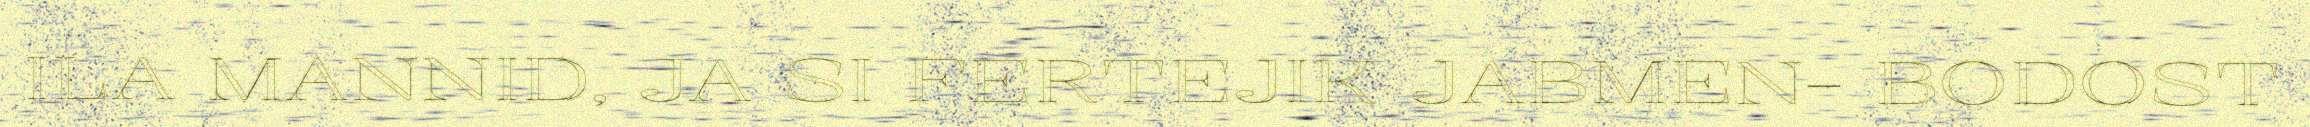
ILA MANNID, JA SI FERTEJIK JABMEN- BODOST